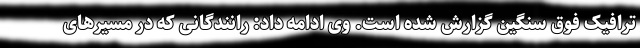
ترافیک فوق سنگین گزارش شده است. وی ادامه داد: رانندگانی که در مسیرهای